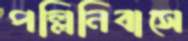
পল্লিনিবাসে